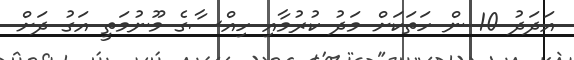
އަދަދު 10 ން ހަތަކަށް މަދު ކުރުމާއި ހިއްސާގެ މޫނުމަތީ އަގު ދަށް